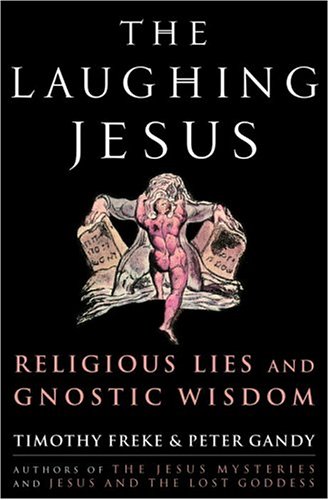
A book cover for The Laughing Jesus: Religious Lies and Gnostic Wisdom; Timothy Freke; Christian Books & Bibles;